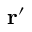
\mathbf { r } { ' }